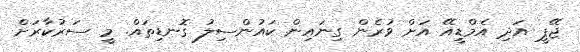
ޖޭޕީ އަދި އެމްޑީއޭ އަށް ވުރެން ގިނައިން ކައުންސިލު ގޮނޑިތައް. މީ ސަރުކާރަށް